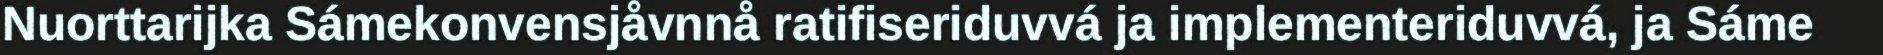
Nuorttarijka Sámekonvensjåvnnå ratifiseriduvvá ja implementeriduvvá, ja Sáme